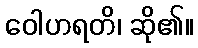
ဝေါဟရတိ၊ ဆို၏။